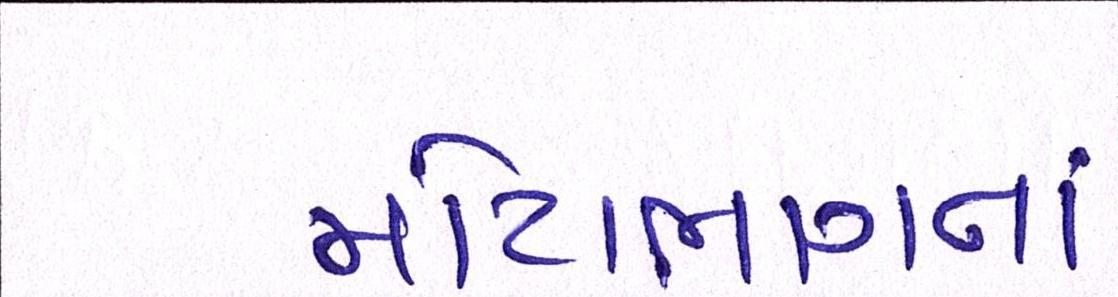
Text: મોટાભાગનાં